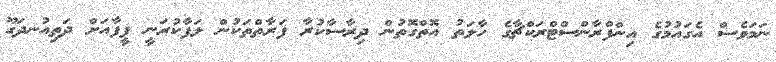
ނަމަވެސް އެގައުމުގެ އިންފްރާންސްޓްރަކްޗާގެ ހާލަތު އޮތްގޮތުން ދިރާސާކުރާ ފަރާތްތަކުން ލަފާކުރަނީ ފީފާއަށް ދަތިއުނދަގޫ